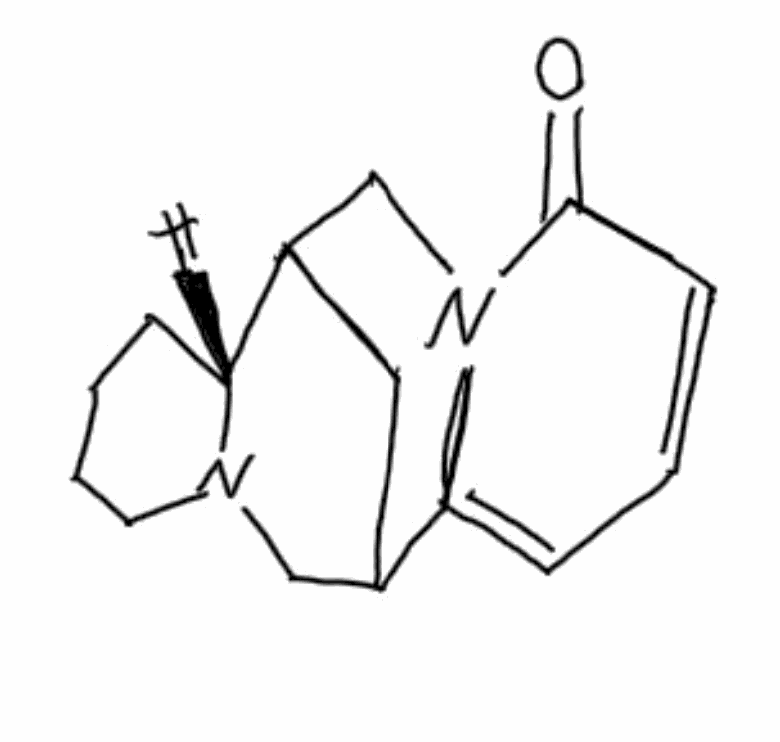
Simplified molecular-input line-entry system (SMILES) notation of the given molecule:
C1CCN2CC3CC([C@H]2C1)CN4C3=CC=CC4=O